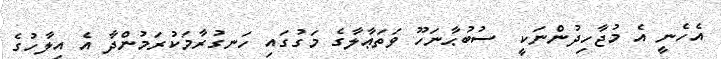
އެހެނީ އެ މުޖާހިދުންނަކީ  ސުބުޙާނަހޫ ވަތަޢާލާގެ މަގުގައި ހަނގުރާމަކުރަމުންދާ އެ އިލާހުގެ